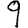
Digit: 9